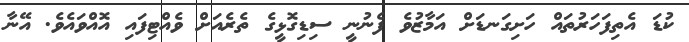
ކުޑަ އެތިފަހަރުތައް ހަށިގަނޑަށް އަމާޒުވެ ފެނުނީ ސިޑިގޮޅީގެ ތެރެއަށް ވެއްޓިފައި އޮއްވައެވެ. އޭނާ